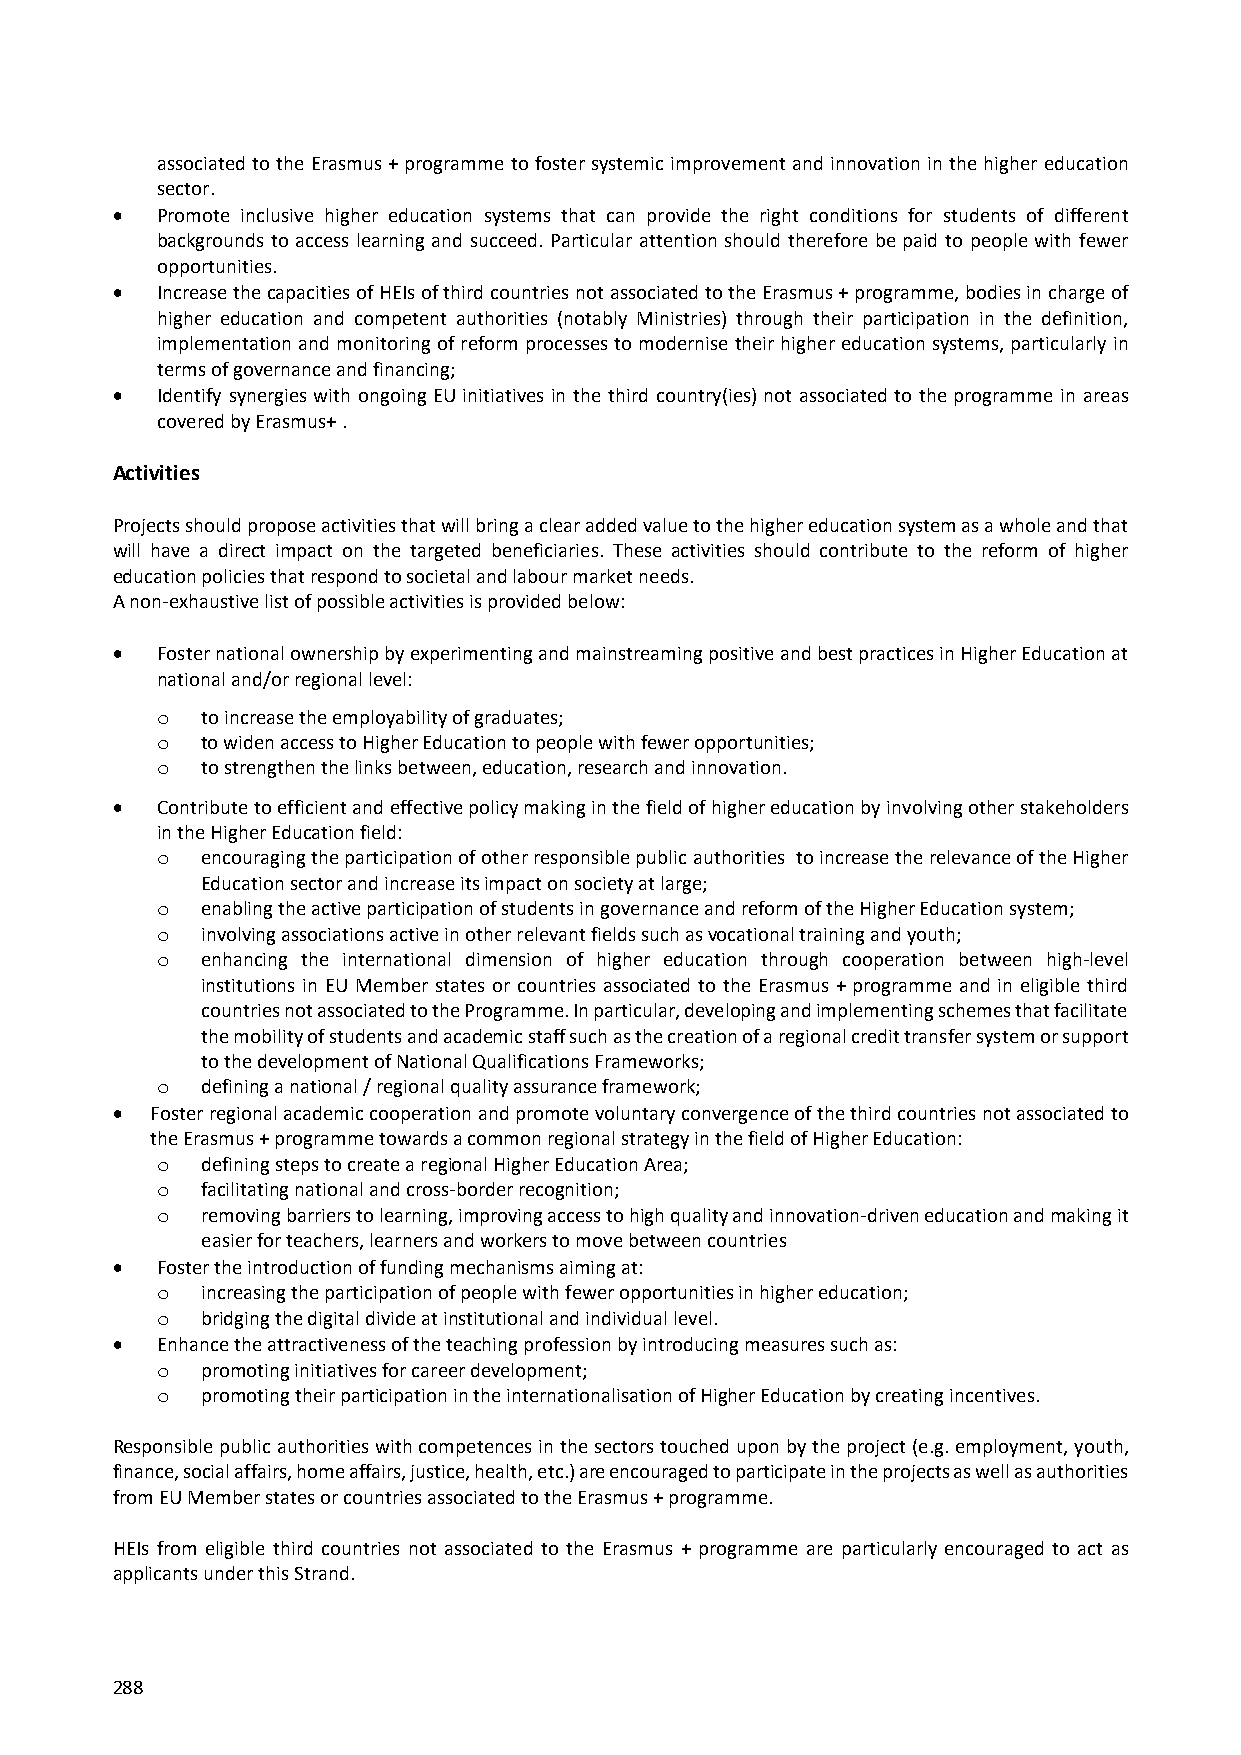
associated to the Erasmus + programme to foster systemic improvement and innovation in the higher education
 sector.
   Promote inclusive higher education systems that can provide the right conditions for students of different
 backgrounds to access learning and succeed. Particular attention should therefore be paid to people with fewer
 opportunities.
   Increase the capacities of HEIs of third countries not associated to the Erasmus + programme, bodies in charge of
 higher education and competent authorities (notably Ministries) through their participation in the definition,
 implementation and monitoring of reform processes to modernise their higher education systems, particularly in
 terms of governance and financing;
   Identify synergies with ongoing EU initiatives in the third country(ies) not associated to the programme in areas
 covered by Erasmus+ .
 Activities
 Projects should propose activities that will bring a clear added value to the higher education system as a whole and that
 will have a direct impact on the targeted beneficiaries. These activities should contribute to the reform of higher
 education policies that respond to societal and labour market needs.
 A non‐exhaustive list of possible activities is provided below:
   Foster national ownership by experimenting and mainstreaming positive and best practices in Higher Education at
 national and/or regional level:
 o  to increase the employability of graduates;
 o  to widen access to Higher Education to people with fewer opportunities;
 o  to strengthen the links between, education, research and innovation.
   Contribute to efficient and effective policy making in the field of higher education by involving other stakeholders
 in the Higher Education field:
 o  encouraging the participation of other responsible public authorities to increase the relevance of the Higher
 Education sector and increase its impact on society at large;
 o  enabling the active participation of students in governance and reform of the Higher Education system;
 o  involving associations active in other relevant fields such as vocational training and youth;
 o  enhancing the international dimension of higher education through cooperation between high‐level
 institutions in EU Member states or countries associated to the Erasmus + programme and in eligible third
 countries not associated to the Programme. In particular, developing and implementing schemes that facilitate
 the mobility of students and academic staff such as the creation of a regional credit transfer system or support
 to the development of National Qualifications Frameworks;
 o  defining a national / regional quality assurance framework;
   Foster regional academic cooperation and promote voluntary convergence of the third countries not associated to
 the Erasmus + programme towards a common regional strategy in the field of Higher Education:
 o  defining steps to create a regional Higher Education Area;
 o  facilitating national and cross‐border recognition;
 o  removing barriers to learning, improving access to high quality and innovation‐driven education and making it
 easier for teachers, learners and workers to move between countries
   Foster the introduction of funding mechanisms aiming at:
 o  increasing the participation of people with fewer opportunities in higher education;
 o  bridging the digital divide at institutional and individual level.
   Enhance the attractiveness of the teaching profession by introducing measures such as:
 o  promoting initiatives for career development;
 o  promoting their participation in the internationalisation of Higher Education by creating incentives.
 Responsible public authorities with competences in the sectors touched upon by the project (e.g. employment, youth,
 finance, social affairs, home affairs, justice, health, etc.) are encouraged to participate in the projects as well as authorities
 from EU Member states or countries associated to the Erasmus + programme.
 HEIs from eligible third countries not associated to the Erasmus + programme are particularly encouraged to act as
 applicants under this Strand.
 288